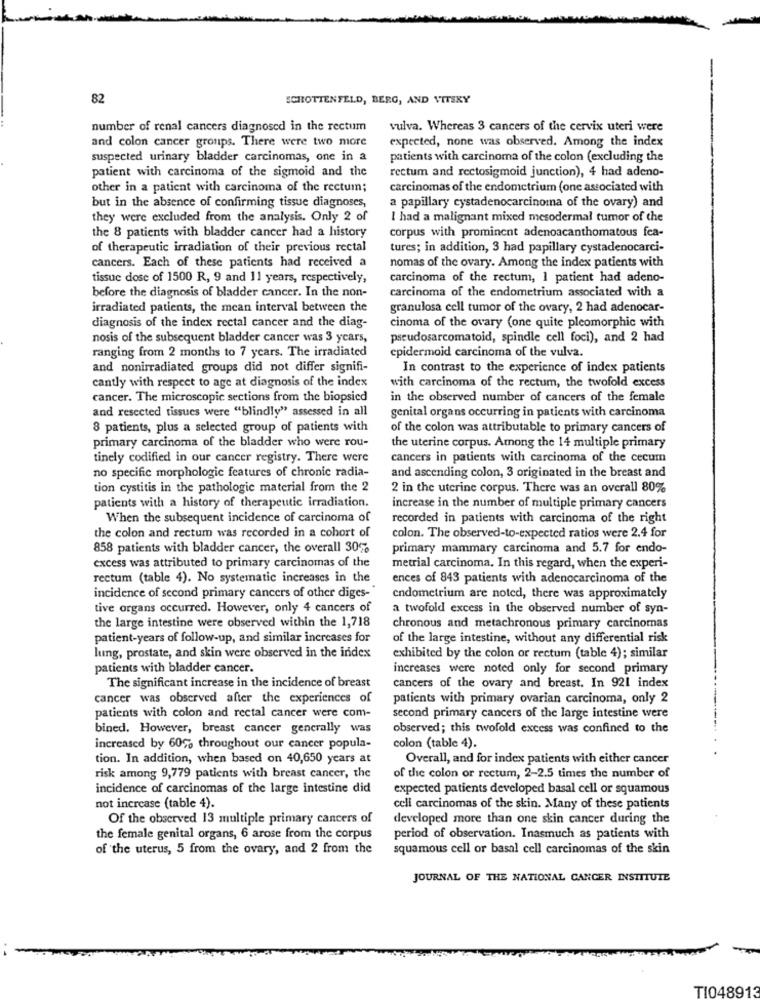
82
SCHOTTENFELD, BERG, AND VITSRY
number of renal cancers diagnosed in the rectum
vulva. Whereas 3 cancers of the cervix uteri were
and colon cancer groups. There were two more
expected, none was observed. Among the index
suspected urinary bladder carcinomas, one in a
patients with carcinoma of the colon (excluding the
patient with carcinoma of the sigmoid and the
rectum and rectosigmoid junction), 4 had adeno-
other in a patient with carcinoma of the rectum;
carcinomas of the endometrium (one associated with
but in the absence of confirming tissue diagnoses,
a papillary cystadenocarcinoma of the ovary) and
they were excluded from the analysis. Only 2 of
I had a malignant mixed mesodermal tumor of the
the 8 patients with bladder cancer had a history
corpus with prominent adenoacanthomatous fea-
of therapeutic irradiation of their previous rectal
tures; in addition, 3 had papillary cystadenocarci-
nomas of the ovary. Among the index patients with
cancers. Each of these patients had received a
tissue dose of 1500 R, 9 and 11 years, respectively,
carcinoma of the rectum, I patient had adeno-
carcinoma of the endometrium associated with a
before the diagnosis of bladder cancer. In the non-
irradiated patients, the mean interval between the
granulosa cell tumor of the ovary, 2 had adenocar-
diagnosis of the index rectal cancer and the diag-
cinoma of the ovary (one quite pleomorphic with
nosis of the subsequent bladder cancer was 3 years,
pseudosarcomatoid, spindle cell foci), and 2 had
ranging from 2 months to 7 years. The irradiated
epidermoid carcinoma of the vulva.
and nonirradiated groups did not differ signifi-
In contrast to the experience of index patients
cantly with respect to age at diagnosis of the index
with carcinoma of the rectum, the twofold excess
cancer. The microscopic sections from the biopsied
in the observed number of cancers of the female
and resected tissues were "blindly" assessed in all
genital organs occurring in patients with carcinoma
8 patients, plus a selected group of patients with
of the colon was attributable to primary cancers of
primary carcinoma of the bladder who were rou-
the uterine corpus. Among the 14 multiple primary
tinely codified in our cancer registry. There were
cancers in patients with carcinoma of the cecum
no specific morphologie features of chronic radia-
and ascending colon, 3 originated in the breast and
tion cystitis in the pathologie material from the 2
2 in the uterine corpus. There was an overall 80%
patients with a history of therapeutic irradiation.
increase in the number of multiple primary cancers
When the subsequent incidence of carcinoma of
recorded in patients with carcinoma of the right
the colon and rectum was recorded in a cohort of
colon. The observed-to-expected ratios were 2.4 for
858 patients with bladder cancer, the overall 30%
primary mammary carcinoma and 5.7 for endo-
excess was attributed to primary carcinomas of the
metrial carcinoma. In this regard, when the experi-
rectum (table 4). No systematic increases in the
ences of 843 patients with adenocarcinoma of the
incidence of second primary cancers of other diges-
endometrium are noted, there was approximately
tive organs occurred. However, only 4 cancers of
a twofold excess in the observed number of syn-
the large intestine were observed within the 1,718
chronous and metachronous primary carcinomas
patient-years of follow-up, and similar increases for
of the large intestine, without any differential risk
lung, prostate, and skin were observed in the index
exhibited by the colon or rectum (table 4); similar
patients with bladder cancer.
increases were noted only for second primary
The significant increase in the incidence of breast
cancers of the ovary and breast. In 921 index
cancer was observed after the experiences of
patients with primary ovarian carcinoma, only 2
patients with colon and rectal cancer were com-
second primary cancers of the large intestine were
bined. However, breast cancer generally was
observed; this twofold excess was confined to the
increased by 60% throughout our cancer popula-
colon (table 4).
tion. In addition, when based on 40,650 years at
Overall, and for index patients with either cancer
risk among 9,779 patients with breast cancer, the
of the colon or rectum, 2-2.5 times the number of
incidence of carcinomas of the large intestine did
expected patients developed basal cell or squamous
not increase (table 4).
cell carcinomas of the skin. Many of these patients
Of the observed 13 multiple primary cancers of
developed more than one skin cancer during the
the female genital organs, 6 arose from the corpus
period of observation. Inasmuch as patients with
of the uterus, 5 from the ovary, and 2 from the
squamous cell or basal cell carcinomas of the skin
JOURNAL OF THE NATIONAL CANCER INSTITUTE
TI048913